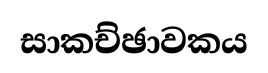
සාකච්ඡාවකය